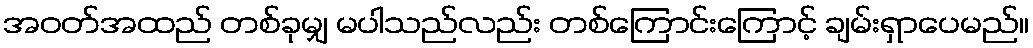
အဝတ်အထည် တစ်ခုမျှ မပါသည်လည်း တစ်ကြောင်းကြောင့် ချမ်းရှာပေမည်။